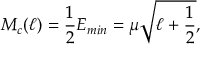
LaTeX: M _ { c } ( \ell ) = \frac { 1 } { 2 } E _ { m i n } = \mu \sqrt { \ell + \frac { 1 } { 2 } } ,